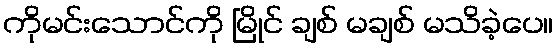
ကိုမင်းသောင်ကို မြိုင် ချစ် မချစ် မသိခဲ့ပေ။